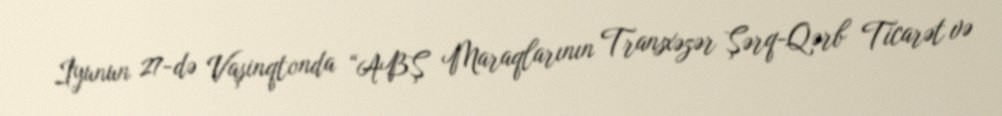
İyunun 27-də Vaşinqtonda “ABŞ Maraqlarının Transxəzər Şərq-Qərb Ticarət və